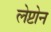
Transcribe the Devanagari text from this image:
लेप्टोन